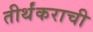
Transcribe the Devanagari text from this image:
तीर्थंकराची